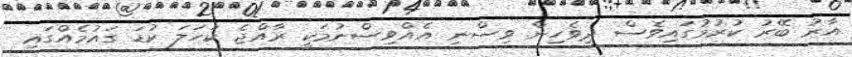
އާރު ބޭރު ކުރުމުގައިވެސް ދިވެހިން ވިސްނި އެއްވިސްނުމަކީ ރާއްޖެ ކަހަލަ ކުޑަ ގައުމެއްގައި